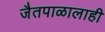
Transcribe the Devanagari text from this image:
जैतपाळालाही